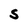
Character: S